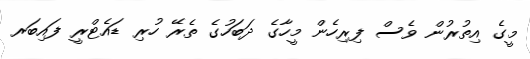
މީގެ އިތުރުން ވެސް ފިރިހެން މީހާގެ ދަބަހުގެ ތެރޭ ހުރި ޑައެޓްރީ ފައިބަރ